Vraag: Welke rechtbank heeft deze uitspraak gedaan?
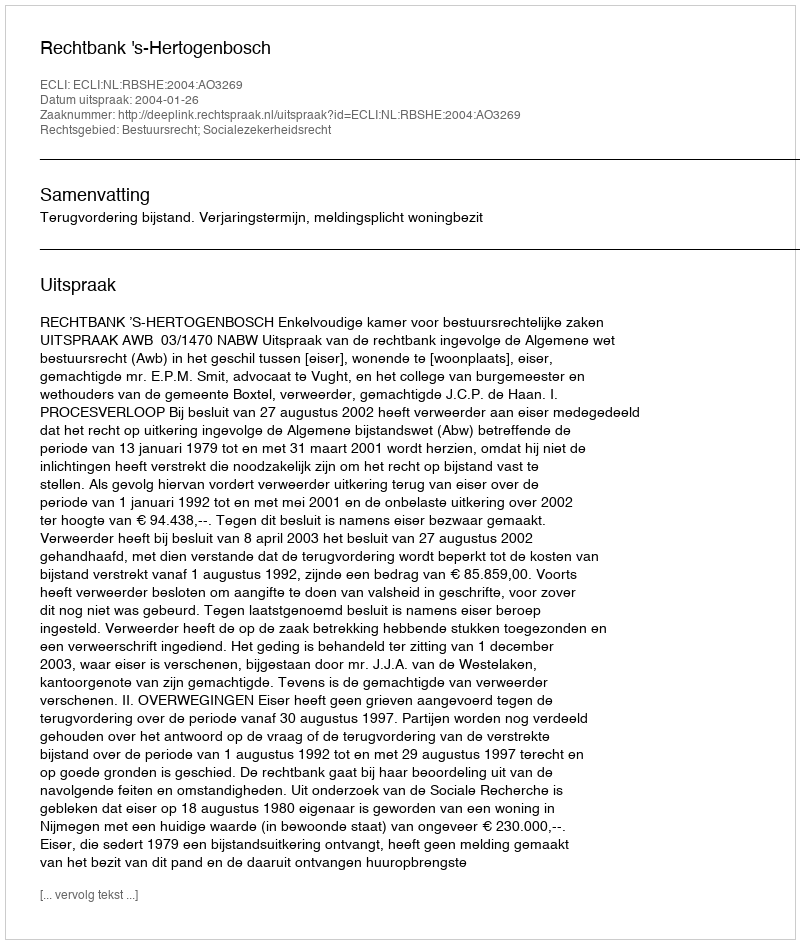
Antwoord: Rechtbank 's-Hertogenbosch